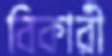
বিকারী